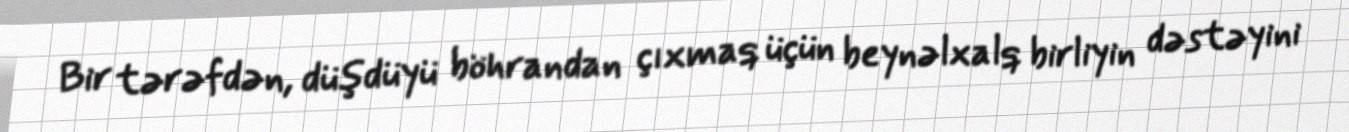
Bir tərəfdən, düşdüyü böhrandan çıxmaq üçün beynəlxalq birliyin dəstəyini